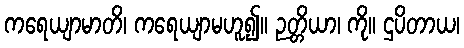
ကရေယျာမာတိ၊ ကရေယျာမဟူ၍။ ဉတ္တိယာ၊ ကို။ ဌပိတာယ၊